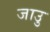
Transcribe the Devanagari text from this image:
जाउु